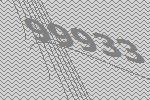
99933